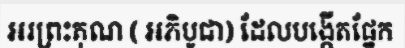
អរព្រះគុណ ( អភិបូជា) ដែលបង្កើតផ្នែក